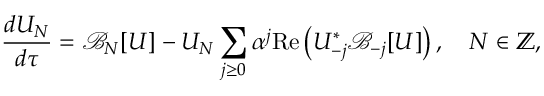
\frac { d U _ { N } } { d \tau } = \mathcal { B } _ { N } [ U ] - U _ { N } \sum _ { j \ge 0 } \alpha ^ { j } \mathrm { R e } \left( U _ { - j } ^ { * } \mathcal { B } _ { - j } [ U ] \right) , \quad N \in \mathbb { Z } ,